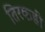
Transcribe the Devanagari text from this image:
तिरकडी